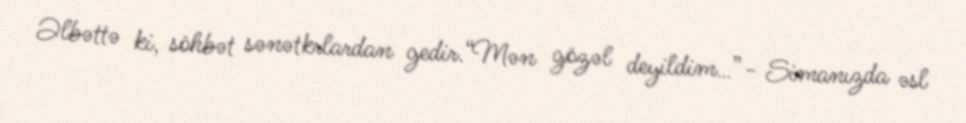
Əlbəttə ki, söhbət sənətkrlardan gedir.“Mən gözəl deyildim…”- Simanızda əsl